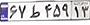
۶۷ط۴۵۹۱۳